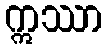
ဣဿာ